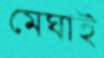
মেঘাই